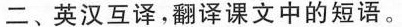
二、英汉互译，翻译课文中的短语。